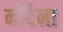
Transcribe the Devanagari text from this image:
मोंटैना